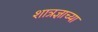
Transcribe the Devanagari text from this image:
शात्रज्ञाच्या